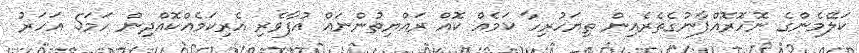
ކަލޭމެންގެ ނޮހޮރޮއްޕާނުގެތެރެއިން ތިޔަހުރިހާ ކަމެއް ކޮއް ރައްޔިތުންނައް އުފާވެރި އެރިކަމެއްކޮއްދިން ހަމަ5 އަހަރު